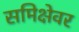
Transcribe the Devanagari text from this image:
समिक्षेवर